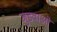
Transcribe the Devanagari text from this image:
जुडवाओं